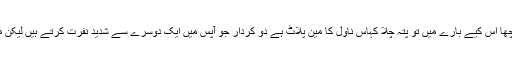
- میری ایک کولیگ سے میں نے پوچھا اس کیے بارے میں تو پتہ چلا کہاس ناول کا مین پلاٹ ہے دو کردار جو آپس میں ایک دوسرے سے شدید نفرت کرتے ہیں لیکن مل کر مرڈر کیس سولو کر رہے ہیں۔